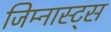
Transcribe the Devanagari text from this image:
जिम्नास्ट्स